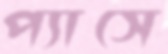
প্যাসে